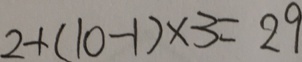
2 + ( 1 0 - 1 ) \times 3 = 2 9